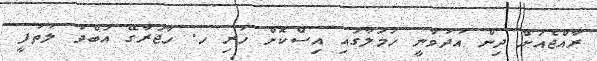
ރާއްޖެއަށް ދިން އުދުވާނީ ހަމަލާގައި އިސްކޮށް ހުރި ހ. ހާޖަރާގޭ އަބްދު ލުތުފީ